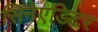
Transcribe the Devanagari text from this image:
सिनेएडिटर